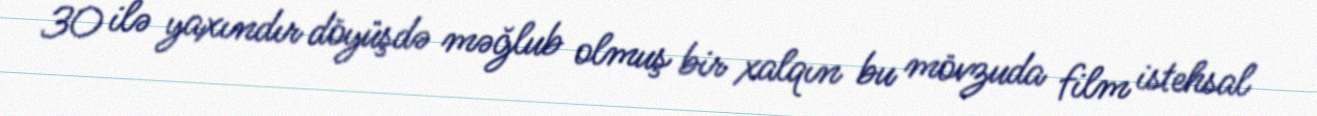
30 ilə yaxındır döyüşdə məğlub olmuş bir xalqın bu mövzuda film istehsal